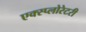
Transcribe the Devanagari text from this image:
एक्स्प्लोरेटरी